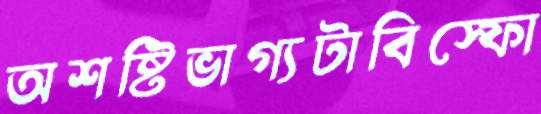
অশষ্টিভাগ্যটাবিস্ফো